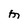
Character: M